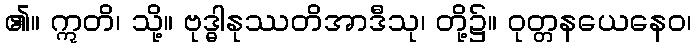
၏။ ဣတိ၊ သို့။ ဗုဒ္ဓါနုဿတိအာဒီသု၊ တို့၌။ ဝုတ္တနယေနေဝ၊